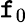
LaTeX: \mathtt{f}_{0}